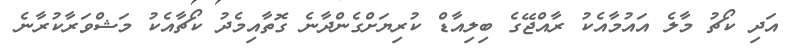
އަދި ކޯޗު މާލެ އައުމާއެކު ރާއްޖޭގެ ބިލިއާޑް ކުރިޔަށްގެންދާނެ ގޮތާއިމެދު ކޯޗާއެކު މަޝްވަރާކުރާނެ